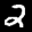
Label: 2